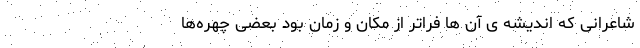
شاعرانی که اندیشه‌‌ ی آن ها فراتر از مکان و زمان بود بعضی چهره‌ها